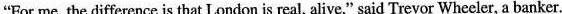
"For me, the difference is that London is real, alive," said Trevor Whecler, a banker.